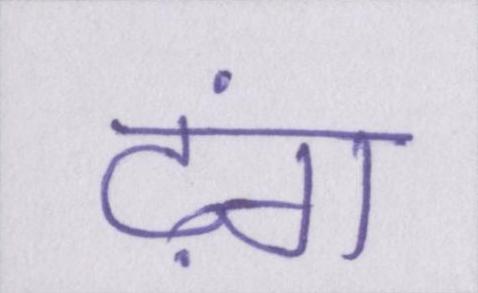
ढ़ंग